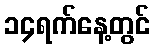
၁၄ရက်နေ့တွင်